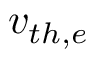
v _ { t h , e }